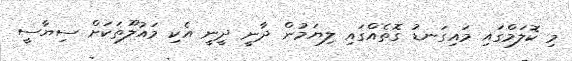
މި ކޮލަމްގައި މައިގަނޑު ގޮތެއްގައި ލިޔަމުން ދާނީ ދީނީ އެކި މައުލޫތަކަށް ސިޔާސީ